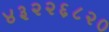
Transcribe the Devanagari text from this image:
४३२२६८२०